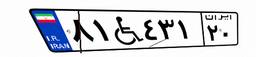
۱۳W۱۴۰۹۸